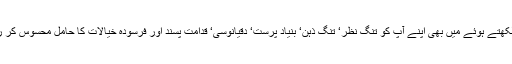
یقین کیجئے یہ سب کچھ لکھتے ہوئے میں بھی اپنے آپ کو تنگ نظر‘ تنگ ذہن‘ بنیاد پرست‘ دقیانوسی‘ قدامت پسند اور فرسودہ خیالات کا حامل محسوس کر رہا ہوں لیکن سچ یہی ہے۔